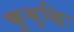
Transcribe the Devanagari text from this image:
कुबुद्धिः